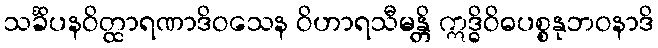
သင်္ခိပနဝိတ္ထာရဏာဒိဝသေန ဝိဟာရသီမန္တိ ဣဒ္ဓိဝိဓပစ္စနုဘဝနာဒိ